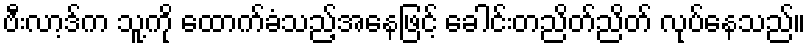
ဗီးလာ့ဒ်က သူ့ကို ထောက်ခံသည့်အနေဖြင့် ခေါင်းတညိတ်ညိတ် လုပ်နေသည်။